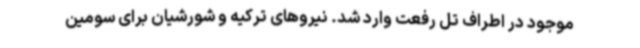
موجود در اطراف تل رفعت وارد شد. نیروهای ترکیه و شورشیان برای سومین